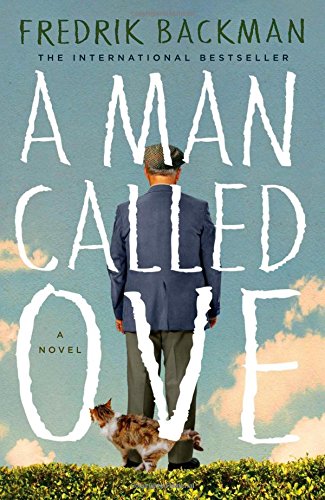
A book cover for A Man Called Ove: A Novel; Fredrik Backman; Literature & Fiction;